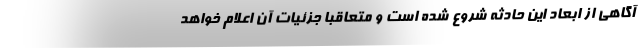
آگاهی از ابعاد این حادثه شروع شده است و متعاقبا جزئیات آن اعلام خواهد